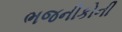
ભજનીકોની